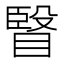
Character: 𭿐